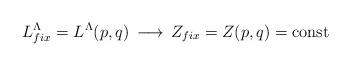
LaTeX: \begin{align*}L_{fix}^\Lambda = L^\Lambda(p,q) \, \longrightarrow \,Z_{fix}=Z(p,q)=\mbox{const}\end{align*}